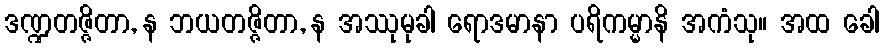
ဒဏ္ဍတဇ္ဇိတာ, န ဘယတဇ္ဇိတာ, န အဿုမုခါ ရောဒမာနာ ပရိကမ္မာနိ အကံသု။ အထ ခေါ